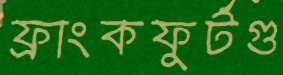
ফ্রাংকফুর্টগু